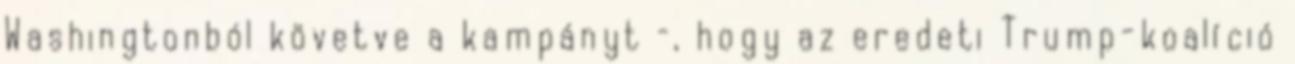
Washingtonból követve a kampányt –, hogy az eredeti Trump-koalíció